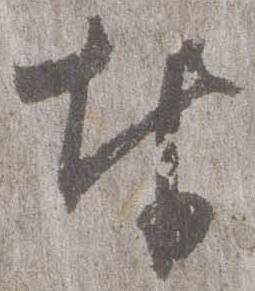
奉